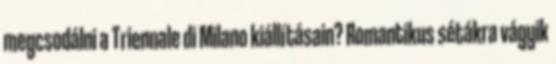
megcsodálni a Triennale di Milano kiállításain? Romantikus sétákra vágyik